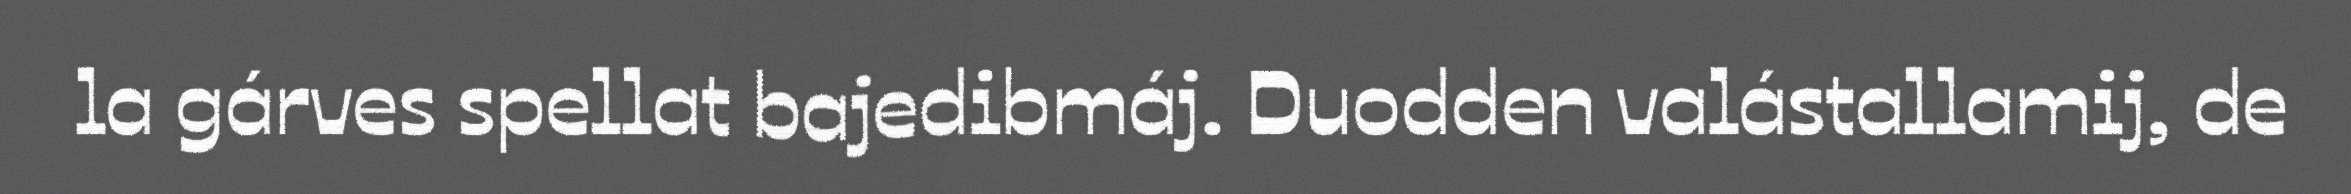
la gárves spellat bajedibmáj. Duodden valástallamij, de